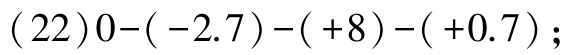
\((22)0 - (-2.7) - (+8) - (+0.7)\)；